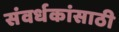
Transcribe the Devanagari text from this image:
संवर्धकांसाठी